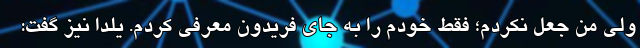
ولی من جعل نکردم؛ فقط خودم را به جای فریدون معرفی کردم. یلدا نیز گفت: